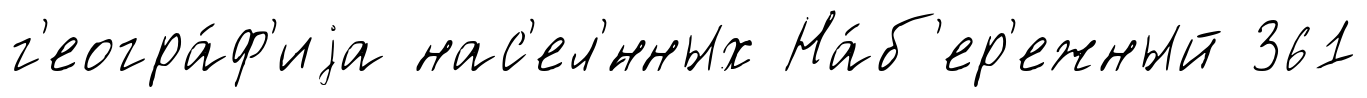
г'еогра́ф'иjа нас'ел'́нных На́б'ер'ежный 361